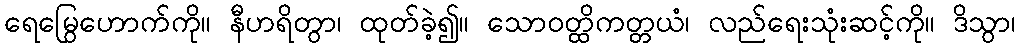
ရေမြွေဟောက်ကို။ နီဟရိတွာ၊ ထုတ်ခဲ့၍။ သောဝတ္ထိကတ္တယံ၊ လည်ရေးသုံးဆင့်ကို။ ဒိသွာ၊